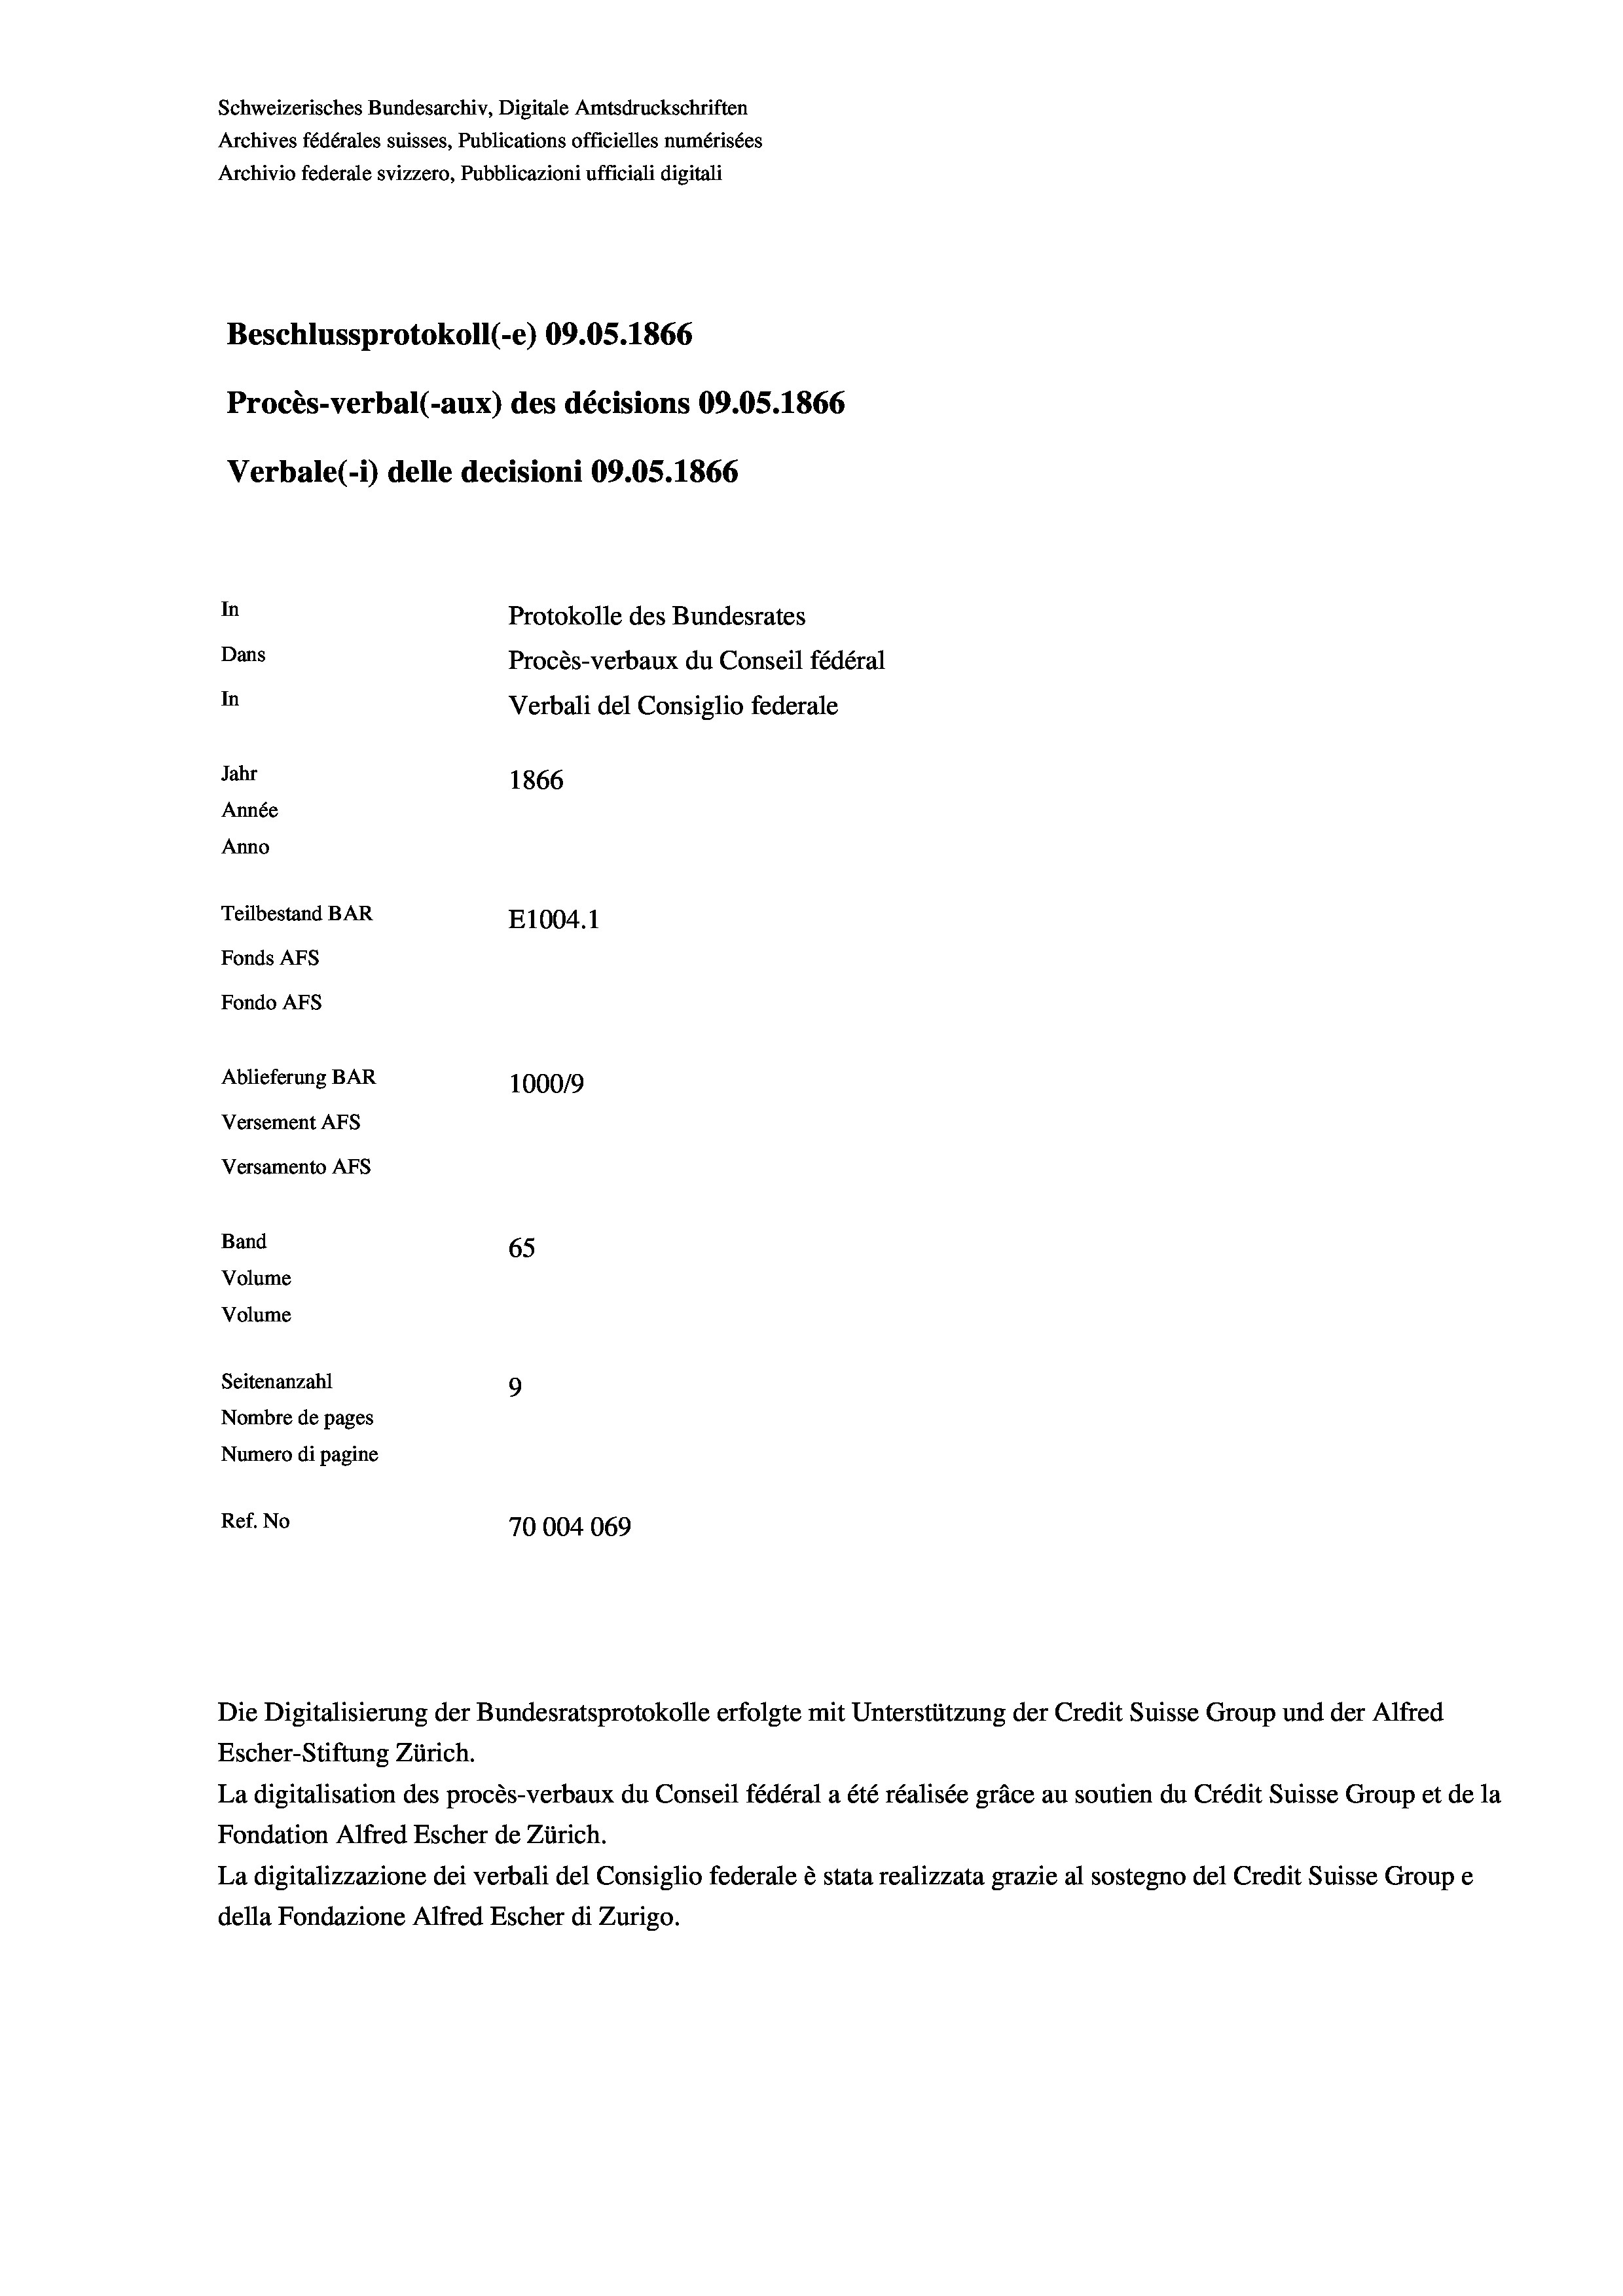
Schweizerisches Bundesarchiv, Digitale Amtsdruckschriften
Archives fédérales suisses, Publications officielles numérisées
Archivio federale svizzero, Pubblicazioni ufficiali digitali
Beschlussprotokoll (-e) 09.05. 1866
Procès-verbal (-aux) des décisions 09.0S.1866
Verbale (i) delle decisioni 09.05. 1866
In
Protokolle des Bundesrates
Dans
Procès-verbaux du Conseil fédéral
In
Verbali del Consiglio federale
Jahr
1866
Année
Anno
Teilbestand BAR
E1004. 1
Fonds AFs
Fondo AFs
Ablieferung BAR
100019
Versement AFS
Versamento Afs
Band
65
Volume
Volume
Seitenanzahl
9
Nombre de pages
Numero di pagine
Ref. No
70004069

Escher-Stiftung Zürich.
La digitalisation des procès-verbaux du Conseil fédéral a été réalisée gräce au soutien du Crédit Suisse Group et de la
Fondation Alfred Escher de Zürich.
La digitalizzazione dei verbali del Consiglio federale è stata realizzata grazie al sostegno del Credit Suisse Groupe
della Fondazione Alfred Escher di Zurigo.

Die Digitalisierung der Bundesratsprotokolle erfolgte mit Unterstützung der Credit Suisse Group und der Alfred